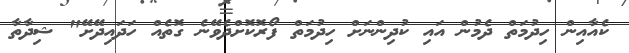
ކެއާއިން ހިދުމަތް ދެމުން އައި ކުދިންނަށް ހިދުމަތް ފޯރޮކޮށްދެވޭނެ ގޮތެއް ހަދައިދޭށޭ" ޝިދާތާ